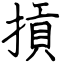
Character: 摃